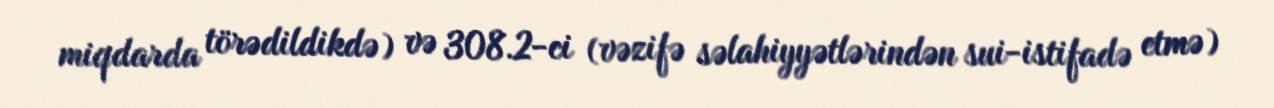
miqdarda törədildikdə) və 308.2-ci (vəzifə səlahiyyətlərindən sui-istifadə etmə)